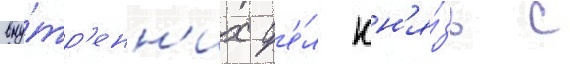
вну́тр'енн'их д'е́л кн'я́зь с